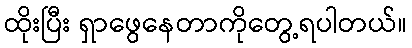
ထိုးပြီး ရှာဖွေနေတာကိုတွေ့ရပါတယ်။